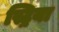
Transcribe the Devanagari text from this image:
स्ट्रिया